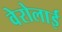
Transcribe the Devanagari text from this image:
वेरोलाई